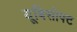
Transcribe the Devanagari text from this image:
यूबिसोफ्ट